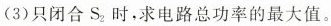
(3)只闭合S_{2}时，求电路总功率的最大值。